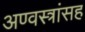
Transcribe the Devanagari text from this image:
अण्वस्त्रांसह